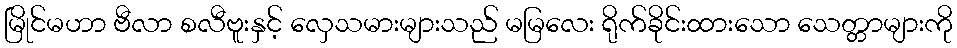
မြိုင်မဟာ ဗီလာ စလီဗူးနှင့် လှေသမားများသည် မမြလေး ရိုက်ခိုင်းထားသော သေတ္တာများကို